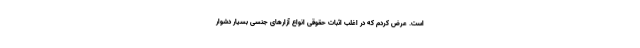
است. عرض کردم که در اغلب اثبات حقوقی انواع آزارهای جنسی بسیار دشوار